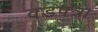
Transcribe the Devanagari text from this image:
वडपत्रा